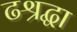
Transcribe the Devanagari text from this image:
ढश्रद्धा